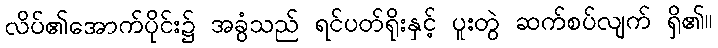
လိပ်၏အောက်ပိုင်း၌ အခွံသည် ရင်ပတ်ရိုးနှင့် ပူးတွဲ ဆက်စပ်လျက် ရှိ၏။